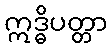
ဣဒ္ဓိပတ္တာ